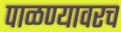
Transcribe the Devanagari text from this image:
पाळण्यावरच